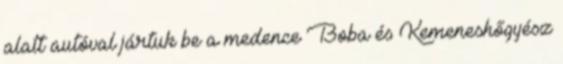
alatt autóval jártuk be a medence Boba és Kemeneshőgyész